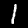
Digit: 1